Report on sanitation, dispensaries, and jails in Rajputana for 1913, and on vaccination for the year 1913-1914 - 1913-1914
Year: 1913
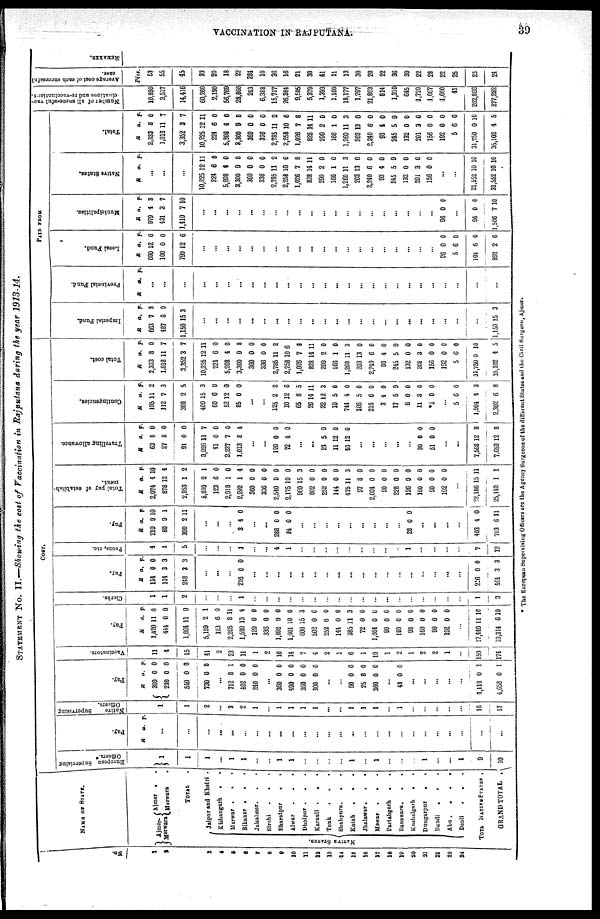
VACCINATION IN RAJPUTANA.
39
STATEMENT No. II.—Showing the cost of Vaccination in Rajputana during the year 1913-14.
No.
1
2
3
4
5
6
7
8
9
10
11
12
13
14
15
16
17
18
19
20
21
22
23
24
NAME OF STATE.
Ajmer¬
Merwara
Ajmer .
.
Merwara
.
TOTAL .
NATIVE STATES.
Jaipur and Khetri .
Kishangarh . .
Marwar .
.
Bikaner .
.
.
Jaislmer.
. .
Sirohi . . .
Bharatpur
.
.
Alwar . . .
Dholpur . . .
Karauli .
. .
Tonk . . .
Shahpura . . .
Kotah
.
.
.
Jhalawar.
.
.
Mewar . . .
Partabgarh . .
Banswara . . .
Kushalgarh . .
Dungarpur . .
Bundi . . .
Abu . . .
.
.
Deoli . . .
TOTAL NATIVE STATES .
GRAND TOTAL .
COST.
European
Supervising
Officers.*
1
1
1
...
1
1
...
...
1
1
...
...
...
...
1
...
1
...
...
...
1
...
...
1
9
10
Pay.
R
a. p.
...
...
...
...
...
...
...
...
...
...
...
...
...
...
...
...
...
...
...
...
...
...
...
...
...
...
Native
Supervising
Officers.
1
1
2
...
3
2
1
...
1
1
1
1
...
...
1
1
1
...
1
...
...
...
...
...
16
17
Pay.
R
300
240
540
730
a.
0
0
0
0
p.
0
0
0
0
...
712
402
240
8
0
0
1
0
0
...
360
490
360
300
0
0
0
0
0
0
0
0
...
...
90
25
360
0
8
0
0
0
0
...
48 0 0
...
...
...
...
...
4,118
4,658
0
0
1
1
Vaccinators.
11
4
15
41
2
23
11
1
2
16
14
7
4
2
1
6
1
19
1
2
1
2
2
1
...
159
174
Pay.
R
1,420
444
1,864
5,159
123
2,205
1,580
120
336
1,892
1,601
600
502
252
144
385
72
1,664
90
180
98
160
90
192
a
11
0
11
2
6
8
13
0
0
9
10
15
0
0
0
11
0
0
0
0
0
0
0
0
p.
0
0
0
1
0
11
4
0
0
0
0
3
0
0
0
3
0
0
0
0
0
0
0
0
...
17,149
19,314
11
6
10
10
Clerks.
1
1
2
...
...
...
1
...
...
...
...
...
...
...
...
...
...
...
...
...
...
...
...
...
...
1
3
Pay.
R
134
114
248
a.
0
3
3
p.
0
3
3
...
...
...
216 0 0
...
...
...
...
...
...
...
...
...
...
...
...
...
...
...
...
...
...
216
464
0
3
0
3
Peons, etc.
4
1
5
...
...
...
1
...
...
4
1
...
...
...
...
...
...
...
...
...
1
...
...
...
...
7
12
Pay.
R
219
80
300
a.
9
0
2
p.
10
1
11
...
...
...
3 4 0
...
...
288
84
0
0
0
0
...
...
...
...
...
...
...
...
...
28 0 0
...
...
...
...
403
703
4
6
0
11
Total pay of establish¬
ment.
R
2,074
878
2,953
8,889
123
2,918
2,202
360
336
2,540
2,175
960
802
252
144
475
97
2,024
90
228
126
160
90
192
a.
4
12
1
2
6
1
1
0
0
9
10
15
0
0
0
11
8
0
0
0
0
0
0
0
p.
10
4
2
1
0
0
4
0
0
0
0
3
0
0
0
3
0
0
0
0
0
0
0
0
...
22,186
25,140
15
1
11
1
Travelling allowance.
R
63
27
91
3,926
41
2,237
1,013
a.
8
8
0
11
0
7
8
p.
0
0
0
7
0
0
4
...
...
120
72
0
4
0
0
...
...
24
11
40
5
12
12
9
0
0
...
...
...
...
...
30
51
0
0
0
0
...
...
7,568
7,650
12
12
8
8
Contingencies.
R
195
112
308
409
60
52
85
a.
11
7
2
15
0
12
0
p.
2
3
5
3
0
0
0
...
...
125
10
65
26
22
10
744
106
216
3
17
6
11
1
2
12
8
14
12
5
4
5
6
4
5
0
3
0
2
6
5
11
3
0
0
0
0
0
9
0
0
0
...
5
1,994
2,302
6
4
6
0
3
8
Total cost.
R
2,333
1,018
3,352
10,225
224
5,208
3,300
360
336
2,785
2,258
1,026
828
299
166
1,260
203
2,240
93
245
132
201
156
102
5
31,750
35,102
a.
8
11
3
12
6
4
9
0
0
11
10
7
14
2
1
11
13
6
4
5
0
3
0
0
6
0
4
p.
0
7
7
11
0
0
8
0
0
2
6
8
11
0
0
3
0
0
0
9
0
0
0
0
0
10
5
PAID FROM
Imperial Fund.
R
663
487
1,150
a.
7
8
15
p.
3
0
3
...
...
...
...
...
...
...
...
...
...
...
...
...
...
...
...
...
...
...
...
...
...
...
1,150 15 3
Provincial Fond.
R a. p.
...
...
...
...
...
...
...
...
...
...
...
...
...
...
...
...
...
...
...
...
...
...
...
...
...
...
...
Local Fund.
R
690
100
790
a.
12
0
12
p.
6
0
6
...
...
...
...
...
...
...
...
...
...
...
...
...
...
...
...
...
...
...
...
96
5
101
892
0
6
6
2
0
0
0
C
Municipalities.
R
979
431
1,410
a.
4
3
7
p.
3
7
10
...
...
...
...
...
...
...
...
...
...
...
...
...
...
...
...
...
...
...
...
96 0 0
...
96
1,506
0
7
0
10
Native States.
R a. p.
...
...
...
10,225
224
5,208
3,300
360
336
2,785
2,258
1,026
828
299
166
1,260
203
2,240
93
245
132
201
156
12
6
4
9
0
0
11
10
7
14
2
1
11
13
6
4
5
0
3
0
11
0
0
8
0
0
2
6
8
11
0
0
3
0
0
0
0
0
0
0
...
...
21,552
31,552
10
10
10
10
Total.
A
2,333
1,018
3,352
10,225
221
5,208
3,300
360
336
2,785
2,258
1,026
828
299
166
1,260
203
2,240
93
245
132
201
156
192
5
31,750
35,102
a.
8
11
3
12
6
4
9
0
0
11
10
7
14
2
1
11
13
6
4
5
0
3
0
0
6
0
4
p.
0
7
7
11
0
0
8
0
0
2
6
8
11
0
0
3
0
0
0
9
0
0
0
0
0
10
5
Number of all successful vac¬
cinations and re-vaccinations.
10,899
3,517
14,416
60,260
2,190
56,769
28,866
243
6,388
15,717
26,384
9,505
5,379
1,393
1,169
18,177
1,297
21,863
814
1,310
645
1,729
1,067
1,660
41
262,866
277,282
Average cost of each successful
case.
Pies
53
55
45
33
20
18
22
284
10
36
16
21
30
41
11
13
30
20
22
36
39
22
28
22
25
23
24
REMARKS.
* The European Supervising Officers are the Agency Surgeons of the different States and the Civil Surgeon, Ajmer.